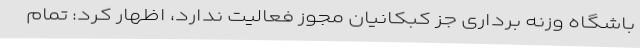
باشگاه وزنه برداری جز کبکانیان مجوز فعالیت ندارد، اظهار کرد: تمام